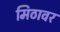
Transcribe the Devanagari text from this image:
मिठावर